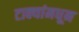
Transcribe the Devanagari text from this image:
टाक्यांमधून